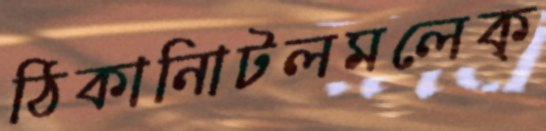
ঠিকানািটলমলেক্